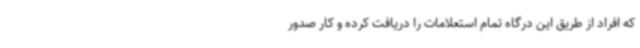
که افراد از طریق این درگاه تمام استعلامات را دریافت کرده و کار صدور